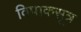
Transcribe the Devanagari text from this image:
विपाकसूत्र